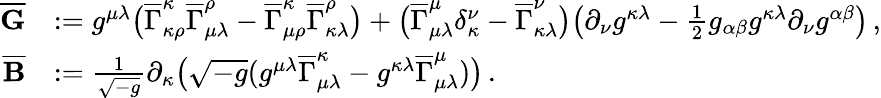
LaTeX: \begin{array}{rl}{\overline{{\mathbf{G}}}}&{:=g^{\mu\lambda}\big(\overline{{\Gamma}}_{\kappa\rho}^{\kappa}\overline{{\Gamma}}_{\mu\lambda}^{\rho}-\overline{{\Gamma}}_{\mu\rho}^{\kappa}\overline{{\Gamma}}_{\kappa\lambda}^{\rho}\big)+\big(\overline{{\Gamma}}_{\mu\lambda}^{\mu}\delta_{\kappa}^{\nu}-\overline{{\Gamma}}_{\kappa\lambda}^{\nu}\big)\big(\partial_{\nu}g^{\kappa\lambda}-\frac{1}{2}g_{\alpha\beta}g^{\kappa\lambda}\partial_{\nu}g^{\alpha\beta}\big)\, ,}\\ {\mathbf{\overline{{B}}}}&{:=\frac{1}{\sqrt{-g}}\partial_{\kappa}\big(\sqrt{-g}(g^{\mu\lambda}\overline{{\Gamma}}_{\mu\lambda}^{\kappa}-g^{\kappa\lambda}\overline{{\Gamma}}_{\mu\lambda}^{\mu})\big)\, .}\end{array}